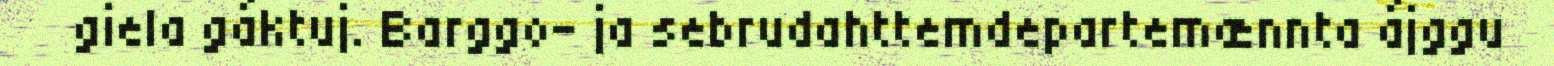
giela gáktuj. Barggo- ja sebrudahttemdepartemænnta ájggu